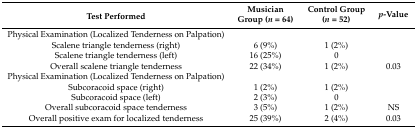
<table><thead><tr><td><b>Test Performed</b></td><td><b>Musician Group (<i>n =</i> 64)</b></td><td><b>Control Group (<i>n =</i> 52)</b></td><td><b><i>p</i>-Value</b></td></tr></thead><tbody><tr><td>Physical Examination (Localized Tenderness on Palpation)</td><td></td><td></td><td></td></tr><tr><td>Scalene triangle tenderness (right)</td><td>6 (9%)</td><td>1 (2%)</td><td></td></tr><tr><td>Scalene triangle tenderness (left)</td><td>16 (25%)</td><td>0</td><td></td></tr><tr><td>Overall scalene triangle tenderness</td><td>22 (34%)</td><td>1 (2%)</td><td>0.03</td></tr><tr><td>Physical Examination (Localized Tenderness on Palpation)</td><td></td><td></td><td></td></tr><tr><td>Subcoracoid space (right)</td><td>1 (2%)</td><td>1 (2%)</td><td></td></tr><tr><td>Subcoracoid space (left)</td><td>2 (3%)</td><td>0</td><td></td></tr><tr><td>Overall subcoracoid space tenderness</td><td>3 (5%)</td><td>1 (2%)</td><td>NS</td></tr><tr><td>Overall positive exam for localized tenderness</td><td>25 (39%)</td><td>2 (4%)</td><td>0.03</td></tr></tbody></table>